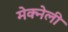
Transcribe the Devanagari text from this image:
मेक्नेली